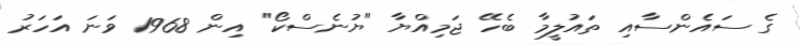
ގެ ސައެންސާއި ތައުލީމާ ބެހޭ ޖަމިއްޔާ "ޔުނެސްކޯ" އިން 1968 ވަނަ އަހަރު